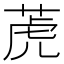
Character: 萀